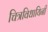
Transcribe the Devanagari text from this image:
चित्रविधायिनी